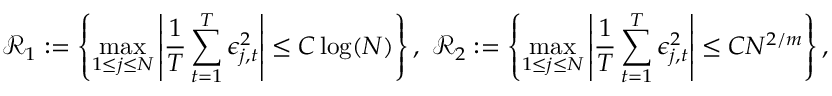
\mathcal { R } _ { 1 } : = \left\lbrace \operatorname* { m a x } _ { 1 \leq j \leq N } \left\lvert \frac { 1 } { T } \sum _ { t = 1 } ^ { T } \epsilon _ { j , t } ^ { 2 } \right\rvert \leq C \log ( N ) \right\rbrace , ~ \mathcal { R } _ { 2 } : = \left\lbrace \operatorname* { m a x } _ { 1 \leq j \leq N } \left\lvert \frac { 1 } { T } \sum _ { t = 1 } ^ { T } \epsilon _ { j , t } ^ { 2 } \right\rvert \leq C N ^ { 2 / m } \right\rbrace ,